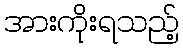
အားကိုးရသည့်